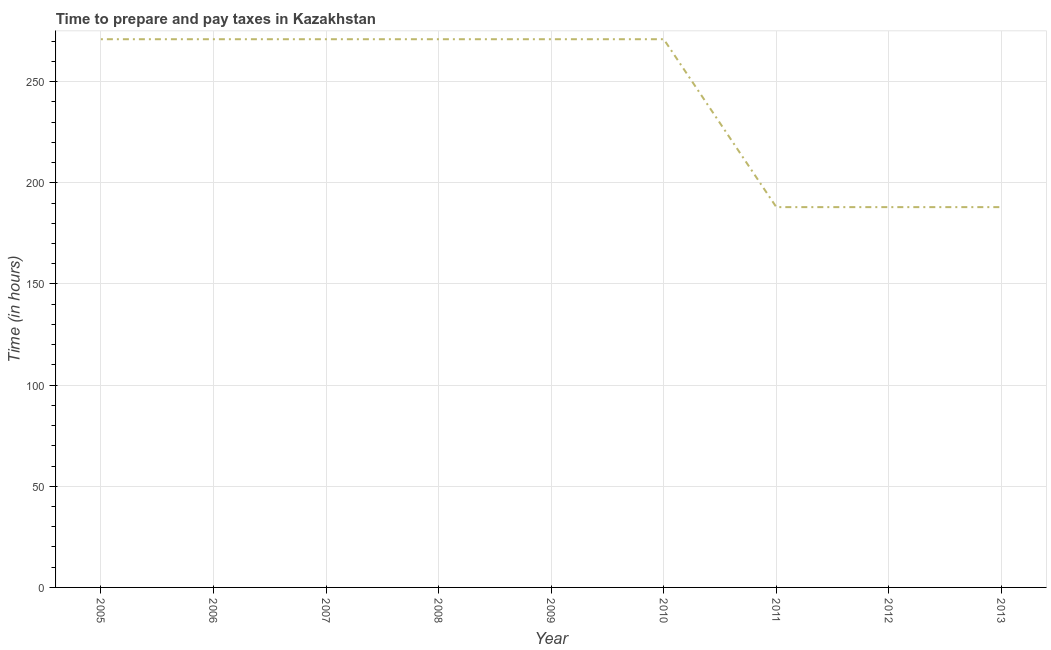
| Year | Time to prepare and pay taxes |
 | --- | --- |
 | 2005 | 271 |
 | 2006 | 271 |
 | 2007 | 271 |
 | 2008 | 271 |
 | 2009 | 271 |
 | 2010 | 271 |
 | 2011 | 188 |
 | 2012 | 188 |
 | 2013 | 188 |